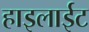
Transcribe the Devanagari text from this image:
हाइलाईट